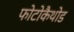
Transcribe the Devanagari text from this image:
फोटोकैथोड